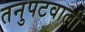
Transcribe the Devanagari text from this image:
तनुपटवाली